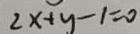
2 x + y - 1 = 0